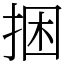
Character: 捆